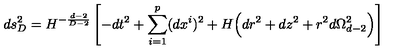
d s _ { D } ^ { 2 } = H ^ { - \frac { d - 2 } { D - 2 } } \left[ - d t ^ { 2 } + \sum _ { i = 1 } ^ { p } ( d x ^ { i } ) ^ { 2 } + H \Big ( d r ^ { 2 } + d z ^ { 2 } + r ^ { 2 } d \Omega _ { d - 2 } ^ { 2 } \Big ) \right]